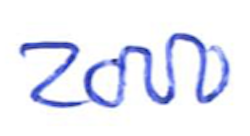
Text: 2000
Cross-out: clean
Writing tool: ballpoint